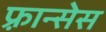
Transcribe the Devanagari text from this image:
फ़्रान्सेस